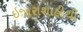
ઇજારાશાહીથી